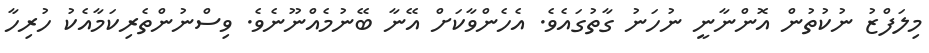
މިލަފްޒު ނުކުތުން އޮންނާނީ ނުހަނު ގާތުގައެވެ. އެހެންވާކަށް އޭނާ ބޭނުމެއްނޫނެވެ. ވިސްނުންތެރިކަމާއެކު ހުރިހާ